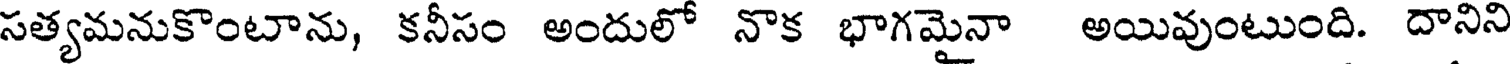
సత్యమనుకొంటాను, కనీసం అందులో నాక భాగమైనా అయివుంటుంది. దానిని